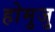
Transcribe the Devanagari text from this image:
होमुजु